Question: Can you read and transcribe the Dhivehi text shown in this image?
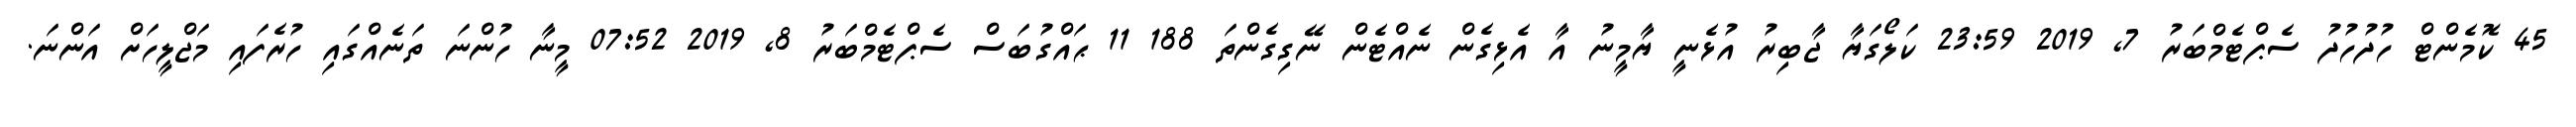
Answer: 45 ކޮމެންޓް ހުދުހުދު ސެޕްޓެމްބަރު 7, 2019 23:59 ކަލޯގަޔާ ޖާބިރު އުޅެނީ ޔާމީނު އާ އެޅިގެން ނެއްޓެން ނޭގިގެންތަ 188 11 ޙައްގުބަސް ސެޕްޓެމްބަރު 8, 2019 07:52 މީނާ ހުންނަ ތަނެއްގައި ހުރެފައި މަޖްލީހަށް އަންނަ.